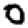
Digit: 0